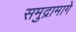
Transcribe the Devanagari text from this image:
समुद्रामागे